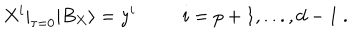
X ^ { i } | _ { \tau = 0 } | B _ { X } \rangle = y ^ { i } ~ i = p + 1 , . . . , d - 1 ~ .